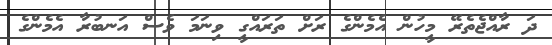
ދަ ރާއްޖެތެރޭ މީހުން އެމެންގެ ރަށް ތަރައްގީ ވިނަމަ ވެސް އަނބުރާ އެމެންގެ